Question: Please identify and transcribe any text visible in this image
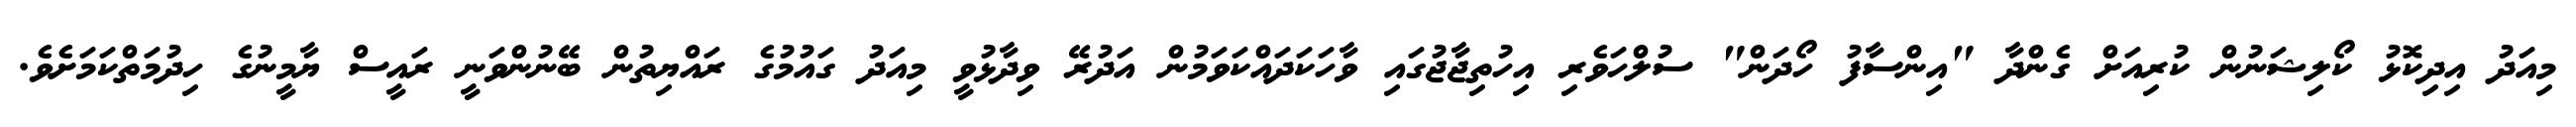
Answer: މިއަދު އިދިކޮޅު ކޯލިޝަނުން ކުރިއަށް ގެންދާ "އިންސާފު ހޯދަން" ސުލްހަވެރި އިހުތިޖާޖުގައި ވާހަކަދައްކަވަމުން އަދުރޭ ވިދާޅުވީ މިއަދު ގައުމުގެ ރައްޔިތުން ބޭނުންވަނީ ރައީސް ޔާމީނުގެ ހިދުމަތްކަމަށެވެ.